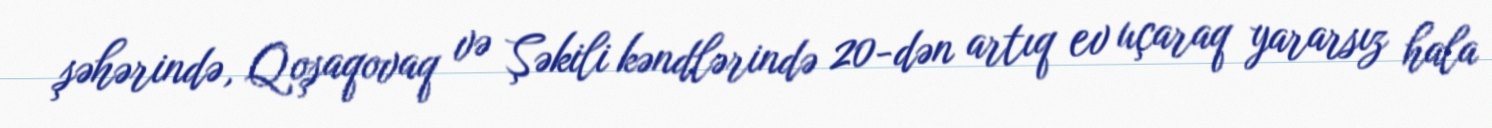
şəhərində, Qoşaqovaq və Şəkili kəndlərində 20-dən artıq ev uçaraq yararsız hala